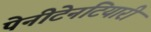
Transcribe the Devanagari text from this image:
पेनीटेनटियारी